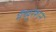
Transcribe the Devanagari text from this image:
मॅच्युरेशन